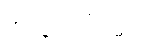
အလုပ်ဝင်ရမည်။